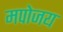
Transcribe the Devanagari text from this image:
मपोजय